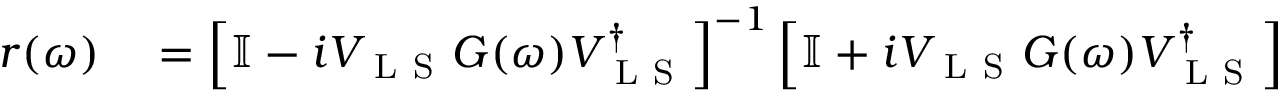
\begin{array} { r l } { r ( \omega ) } & { { } = \left[ \mathbb { I } - i V _ { \mathrm { ~ L ~ S ~ } } G ( \omega ) V _ { \mathrm { ~ L ~ S ~ } } ^ { \dagger } \right] ^ { - 1 } \left[ \mathbb { I } + i V _ { \mathrm { ~ L ~ S ~ } } G ( \omega ) V _ { \mathrm { ~ L ~ S ~ } } ^ { \dagger } \right] } \end{array}